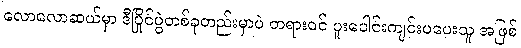
လောလောဆယ်မှာ ဒီပြိုင်ပွဲတစ်ခုတည်းမှာပဲ တရားဝင် ပူးပေါင်းကျင်းပပေးသူ အဖြစ်